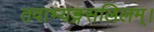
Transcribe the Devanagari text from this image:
तवाभ्यङ्गसलिलम्।